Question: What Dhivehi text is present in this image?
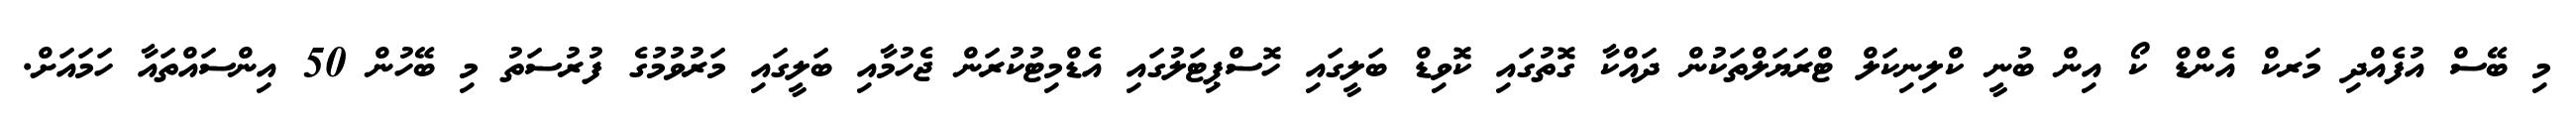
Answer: މި ބޭސް އުފެއްދި މަރކް އެންޑް ކޯ އިން ބުނީ ކްލިނިކަލް ޓްރަޔަލްތަކުން ދައްކާ ގޮތުގައި ކޮވިޑް ބަލީގައި ހޮސްޕިޓަލުގައި އެޑްމިޓުކުރަން ޖެހުމާއި ބަލީގައި މަރުވުމުގެ ފުރުސަތު މި ބޭހުން 50 އިންސައްތައާ ހަމައަށް.